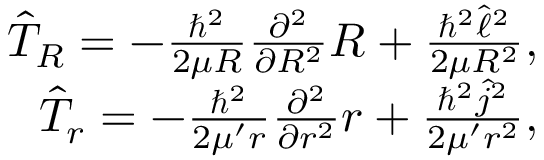
\begin{array} { r } { \hat { T } _ { R } = - \frac { \hbar ^ { 2 } } { 2 \mu R } \frac { \partial ^ { 2 } } { \partial R ^ { 2 } } R + \frac { \hbar ^ { 2 } \hat { \ell } ^ { 2 } } { 2 \mu R ^ { 2 } } , } \\ { \hat { T } _ { r } = - \frac { \hbar ^ { 2 } } { 2 \mu ^ { \prime } r } \frac { \partial ^ { 2 } } { \partial r ^ { 2 } } r + \frac { \hbar ^ { 2 } \hat { j } ^ { 2 } } { 2 \mu ^ { \prime } r ^ { 2 } } , } \end{array}